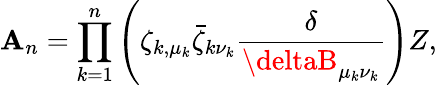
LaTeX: \mathbf{A}_{n}=\prod_{k=1}^{n}\left(\zeta_{k,\mu_{k}}\bar{{\zeta}}_{k\nu_{k}}{\frac{{\delta}}{{\deltaB_{\mu_{k}\nu_{k}}}}}\right)Z,